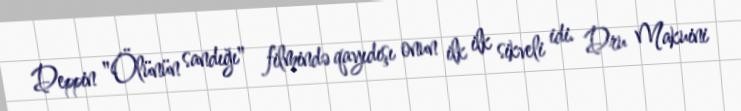
Deppin "Ölünün sandığı" filmində qayıdışı onun ilk ilk sikveli idi. Dru Makuini